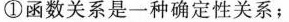
①函数关系是一种确定性关系；